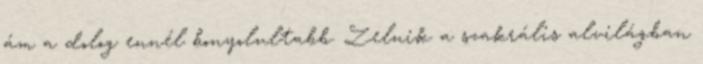
ám a dolog ennél bonyolultabb. Zelnik a szakrális alvilágban